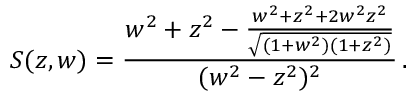
S ( z , w ) = \frac { w ^ { 2 } + z ^ { 2 } - \frac { w ^ { 2 } + z ^ { 2 } + 2 w ^ { 2 } z ^ { 2 } } { \sqrt { ( 1 + w ^ { 2 } ) ( 1 + z ^ { 2 } ) } } } { ( w ^ { 2 } - z ^ { 2 } ) ^ { 2 } } \, .